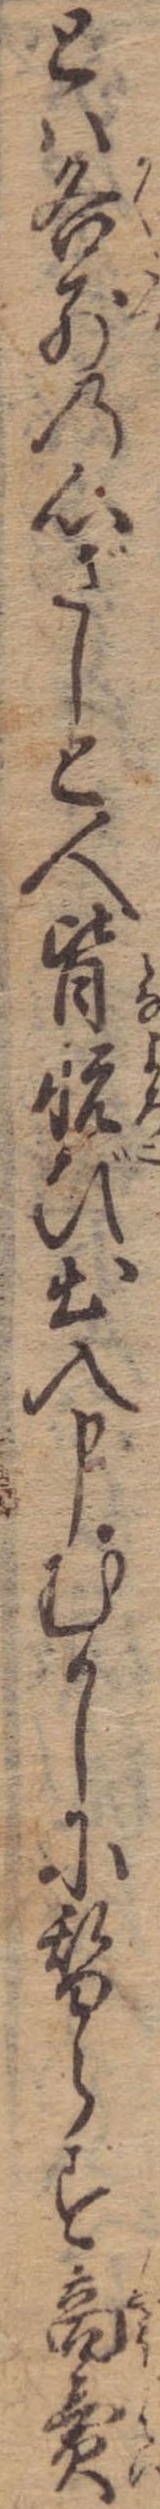
とは各別の心ざしと人皆悦び出入申むかしに替らず商売